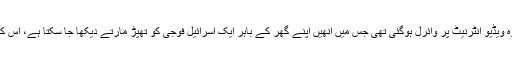
گذشتہ سال دسمبر احد تمیمی کی وہ ویڈیو انٹرنیٹ پر وائرل ہوگئی تھی جس میں انھیں اپنے گھر کے باہر ایک اسرائیل فوجی کو تھپڑ مارتے دیکھا جا سکتا ہے، اس کے بعد انھیں گرفتار کر لیا گیا تھا۔